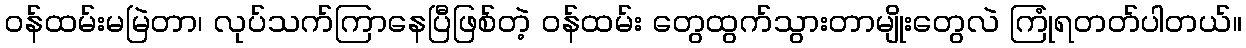
ဝန်ထမ်းမမြဲတာ၊ လုပ်သက်ကြာနေပြီဖြစ်တဲ့ ဝန်ထမ်း တွေထွက်သွားတာမျိုးတွေလဲ ကြုံရတတ်ပါတယ်။